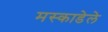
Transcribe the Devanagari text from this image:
मस्काडेले